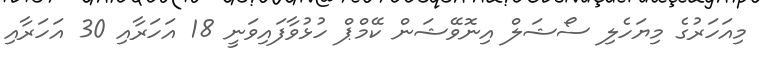
މިއަހަރުގެ މިޔަހެލި ސޯޝަލް އިނޮވޭޝަން ކޭމްޕް ހުޅުވާފައިވަނީ 18 އަހަރާއި 30 އަހަރާއި